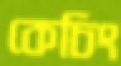
কেচিং